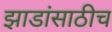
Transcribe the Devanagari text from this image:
झाडांसाठीच